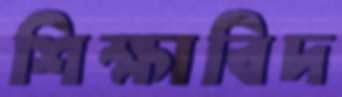
শিক্ষাবিদ